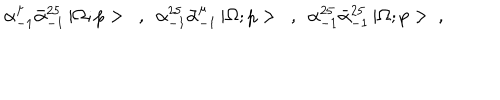
\alpha _ { - 1 } ^ { \mu } \bar { \alpha } _ { - 1 } ^ { 2 5 } \, | \Omega ; p > \ \ , \ \ \alpha _ { - 1 } ^ { 2 5 } \bar { \alpha } _ { - 1 } ^ { \mu } \, | \Omega ; p > \ \ , \ \ \alpha _ { - 1 } ^ { 2 5 } \bar { \alpha } _ { - 1 } ^ { 2 5 } \, | \Omega ; p > \ ,